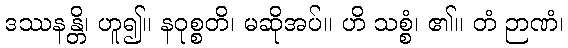
ဒဿနန္တိ၊ ဟူ၍။ နဝုစ္စတိ၊ မဆိုအပ်။ ဟိ သစ္စံ၊ ၏။ တံ ဉာဏံ၊